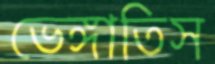
ভেঙ্গাতিস